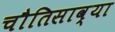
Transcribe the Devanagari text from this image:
चौतिसाव्या